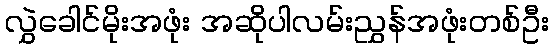
လွှဲခေါင်မိုးအဖုံး အဆိုပါလမ်းညွှန်အဖုံးတစ်ဦး